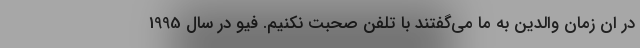
در ان زمان والدین به ما می‌گفتند با تلفن صحبت نکنیم. فیو در سال 1995